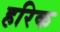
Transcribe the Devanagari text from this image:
हरिक